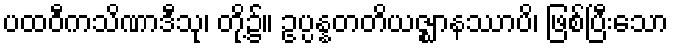
ပထဝီကသိဏာဒီသု၊ တို့၌။ ဥပ္ပန္နတတိယဇ္ဈာနဿာပိ၊ ဖြစ်ပြီးသော